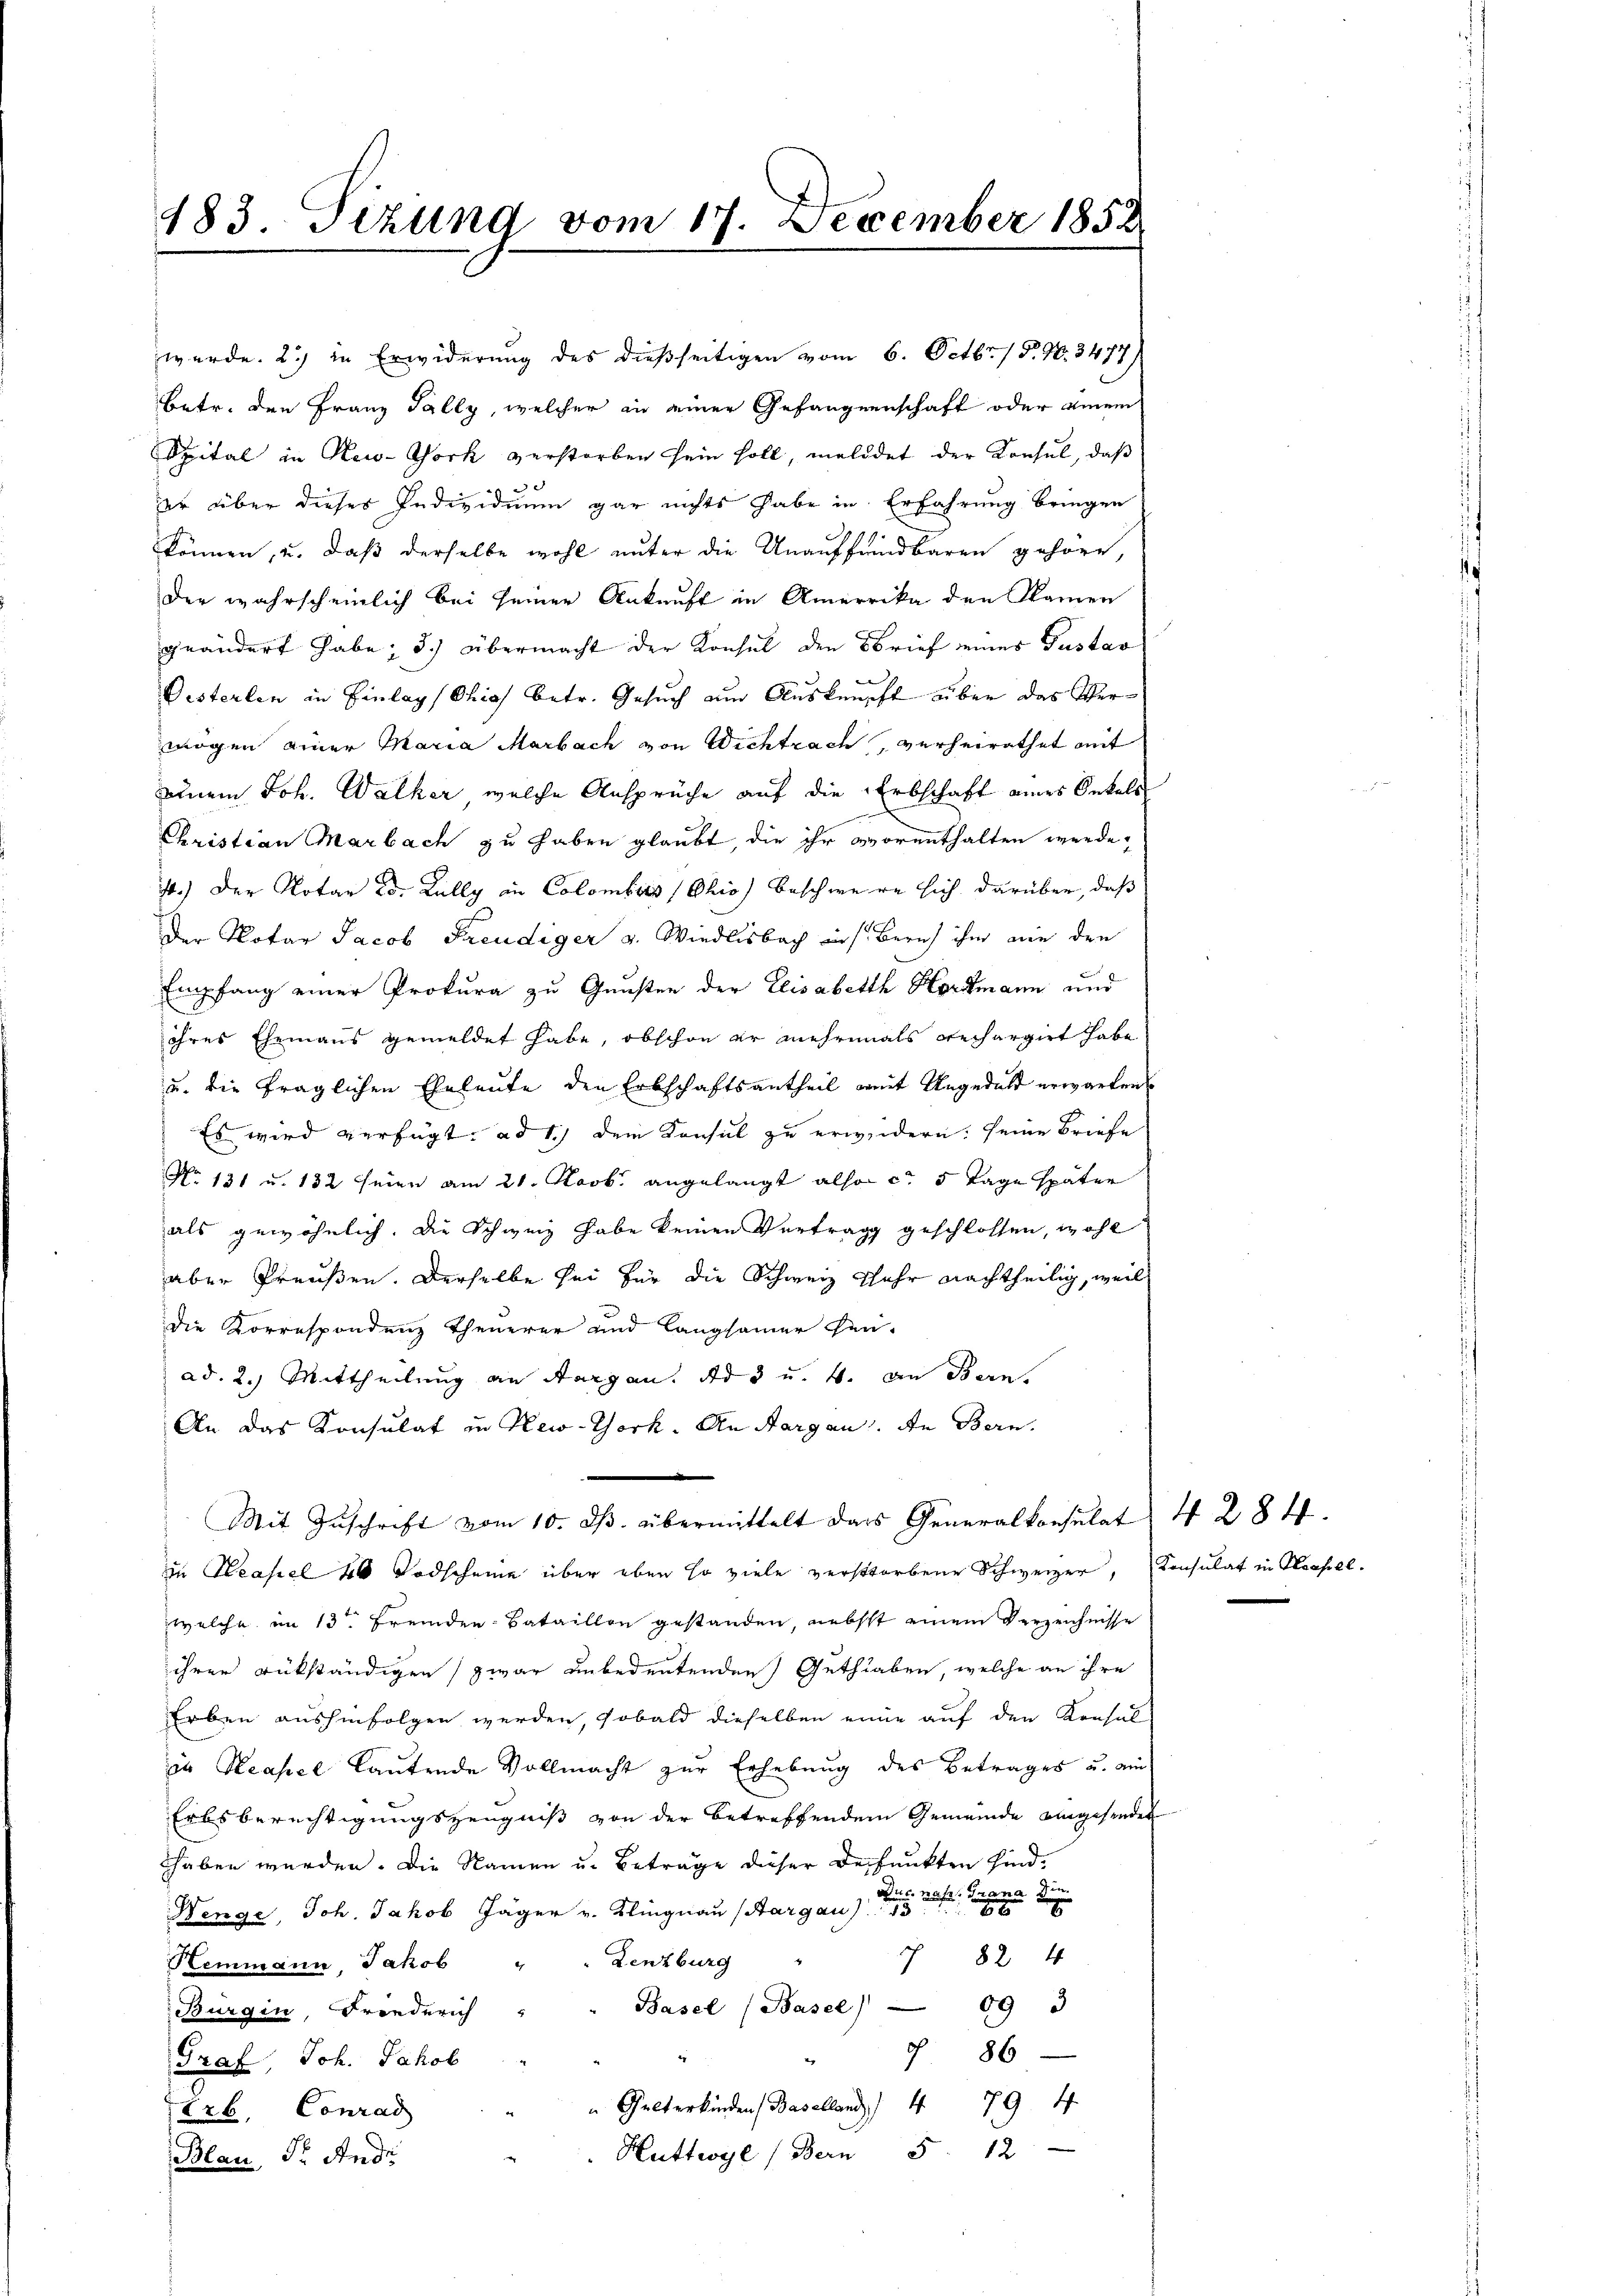
183. Tizung vom 17. December 1852

werde. 2) in Erwiderung des dießseitigen vom 6. Octbr. 1596. 3477)
Betr. den Franz Tally, welcher in einer Gefangenschaft oder einem
Spital in New-York verstorben sein soll, meldet der Konsul, daß
er über dieser Individuum gar nichts habe in Erfahrung bringen
können, u. daß derselbe wohl unter die Unauffendbaren gehöre,
der wahrscheinlich bei seiner Ankunft in Amerika den Namen
geändert habe; 3.) Übermacht der Konsul den Brief eines Gustav
Oesterlen in Einlags Chias betr. Gesuch am Ausknüpft aber das Vermögen einer Maria Marbach von Wichtrach, verheirathet mit
einem Joh. Walker, welche Ansprüche auf die Erbschaft eines Onkels
Christian Marbach zu haben glaubt, die ihr vorenthalten werde,
4.) Der Notar Ed. Kully in Colombars Ohio) beschwere sich darüber, daß
der Notar Jacob Freudiger v. Wiedlisbach aus Zürich ihm wie den
Empfang einer Prokura zu Gunsten der Elisabeth Hortmann und
ihres Ehemans gemeldet habe, obschon er mehrmals rechargirt habe
u. die fraglichen Eheleute den Erbschaftsantheil mit Ungeduld erwarten
Es wird verfügt, ad 1.) dem Konsul zu erwidern, seine Briefe
No 131 u. 132 seien am 21. Novb. angelangt also ca 5 Tage später
als gewöhnlich. Die Schweiz habe keinen Vertrag geschlossen, wohl
aber Preußen. Derselbe sei für die Schweiz schuhr nachtheilig, weil
die Korrespondenz theuerer und langsamer hei-
ad. 2.) Mittheilung an Aargau. Ad 3 u. 4. an Bern.
An das Konsulat in New-York. An Aargau. An Bern
Mit Zŭschrift vom 10. ds. übermittelt das Generalkonsulat 4 284.
in Neapel 40 Todscheine über eben so viele verstorbene Schweizer, Konsulat in Hauseel.
welche im 13ten Fremden-Bataillon gestanden, nebst einem Verzeichnisse
ihrer rükständigen zwar unbedeutenden Guthaben, welche an ihre
Erben aushinfolgen werden, sobald dieselben einie auf den Konsul
in Neapel lautende Vollmacht zur Erhebung des Betrages u. ein
Erbsberechtigungszeugniß von der betreffendem Gemeinde eingesenden
haben werden. Die Namen u. Betrage dieser Decfunkten sind,
i
nahe. Grana de

Benge, Joh. Jakob Jäger v. Klingnau (Aargau 13
 824
 Lenzburg
Hemmann Jakob
Basel (Basel) 09 3
Burgin, Friederich
§ 86
Graf, Joh. Jakob
Gelterkinden Baselland 479. 4
Erb. Conrad
Huttwyl (Bern 5. 12
Blau, Dr. Andr